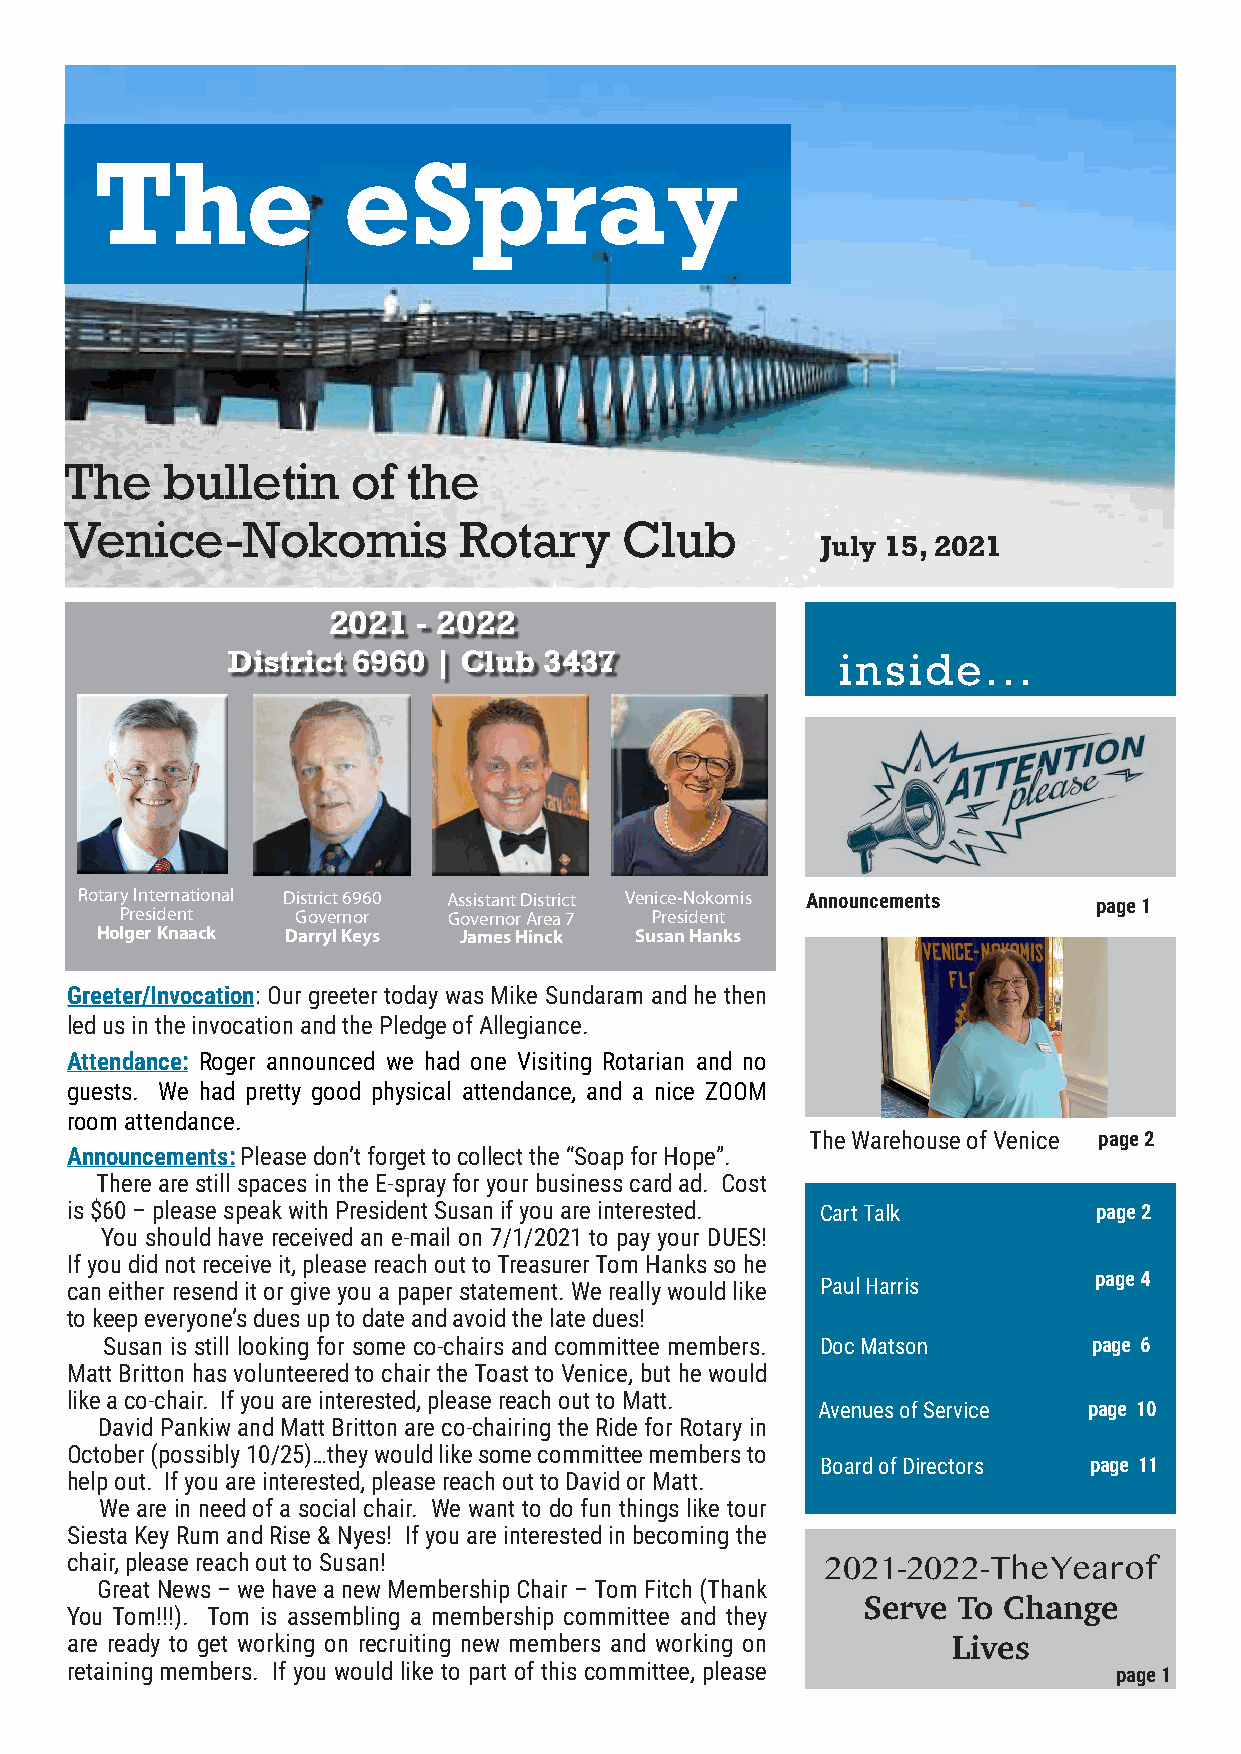
The              eSpray
 The    bulletin    of  the
 Venice-Nokomis            Rotary     Club
 July 15, 2021
 2021  - 2022
 District 6960 | Club 3437                inside...
 Rotary International District 6960 Assistant District Venice-Nokomis Announcements page 1
 President   Governor  Governor Area 7 President
 Holger Knaack Darryl Keys James Hinck Susan Hanks
 Greeter/Invocation: Our greeter today was Mike Sundaram and he then
 led us in the invocation and the Pledge of Allegiance.
 Attendance: Roger announced we had one Visiting Rotarian and no
 guests. We had pretty good physical attendance, and a nice ZOOM
 room attendance.
 The Warehouse of Venice page 2
 Announcements: Please don’t forget to collect the “Soap for Hope”.
 There are still spaces in the E-spray for your business card ad. Cost
 is $60 – please speak with President Susan if you are interested. Cart Talk page 2
 You should have received an e-mail on 7/1/2021 to pay your DUES!
 If you did not receive it, please reach out to Treasurer Tom Hanks so he
 page 4
 can either resend it or give you a paper statement. We really would like Paul Harris
 to keep everyone’s dues up to date and avoid the late dues!
 Susan is still looking for some co-chairs and committee members. Doc Matson page 6
 Matt Britton has volunteered to chair the Toast to Venice, but he would
 like a co-chair. If you are interested, please reach out to Matt.
 Avenues of Service page 10
 David Pankiw and Matt Britton are co-chairing the Ride for Rotary in
 October (possibly 10/25)…they would like some committee members to
 Board of Directors page 11
 help out. If you are interested, please reach out to David or Matt.
 We are in need of a social chair. We want to do fun things like tour
 Siesta Key Rum and Rise & Nyes! If you are interested in becoming the
 chair, please reach out to Susan!
 2021-2022 - The Year of
 Great News – we have a new Membership Chair – Tom Fitch (Thank
 You Tom!!!). Tom is assembling a membership committee and they Serve To Change
 are ready to get working on recruiting new members and working on
 Lives
 retaining members. If you would like to part of this committee, please page 1